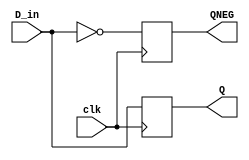
module flipflop (

	input 		D_in,clk,
	output reg 		Q,QNEG
	//input wire D_in;	Si no se especifica son tipo wire
);

always@(posedge clk)
begin
	Q 		<= D_in;
	QNEG 	<= !D_in;
end


endmodule